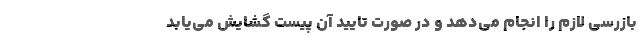
بازرسی لازم را انجام می‌دهد و در صورت تایید آن پیست گشایش می‌یابد